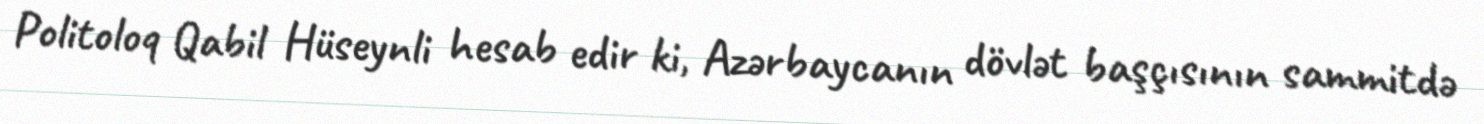
Politoloq Qabil Hüseynli hesab edir ki, Azərbaycanın dövlət başçısının sammitdə